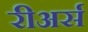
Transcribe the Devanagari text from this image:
रीअर्स